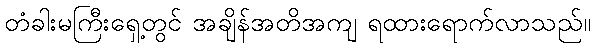
တံခါးမကြီးရှေ့တွင် အချိန်အတိအကျ ရထားရောက်လာသည်။